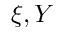
\xi , Y